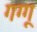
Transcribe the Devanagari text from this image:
गग्गू